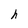
Character: h